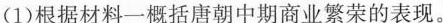
(1)根据材料一概括唐朝中期商业繁荣的表现